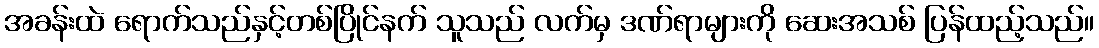
အခန်းထဲ ရောက်သည်နှင့်တစ်ပြိုင်နက် သူသည် လက်မှ ဒဏ်ရာများကို ဆေးအသစ် ပြန်ထည့်သည်။